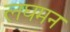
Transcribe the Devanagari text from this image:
लघमन